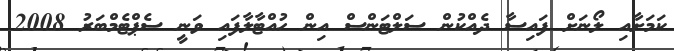
ކަމަށާއި ލޯނަށް ފައިސާ ދެއްކުން ސަލްޓަންސް އިން ހުއްޓާލާފައި ވަނީ ސެޕްޓެމްބަރު 2008